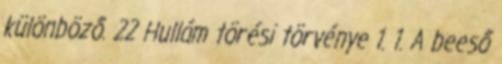
különböző. 22 Hullám törési törvénye 1. 1. A beeső